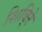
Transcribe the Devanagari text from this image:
शिबि्रे